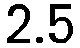
2.5